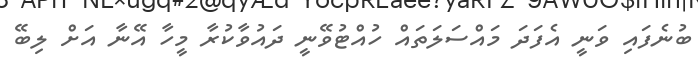
ބުނެފައި ވަނީ އެފަދަ މައްސަލަތައް ހުއްޓުވޭނީ ދައުވާކުރާ މީހާ އޭނާ އަށް ލިބޭ